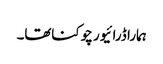
ہمارا ڈرائیور چوکناتھا۔